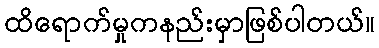
ထိရောက်မှုကနည်းမှာဖြစ်ပါတယ်။